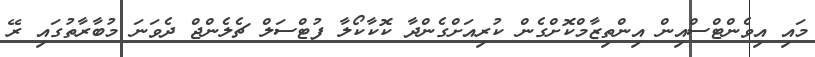
މައި އިވެންޓްސްއިން އިންތިޒާމްކޮށްގެން ކުރިއަށްގެންދާ ކޮކާކޯލާ ފުޓްސަލްް ޗެލެންޖް ދެވަނަ މުބާރާތުގައި ރޭ